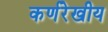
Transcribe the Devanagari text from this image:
कर्णरेखीय